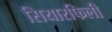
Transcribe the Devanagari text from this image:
सियारफिली